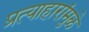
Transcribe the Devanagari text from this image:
प्रत्याहारांमुळे